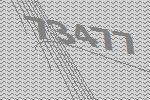
73477